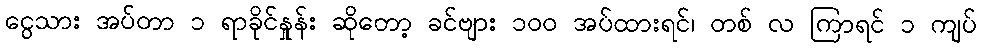
ငွေသား အပ်တာ ၁ ရာခိုင်နှုန်း ဆိုတော့ ခင်ဗျား ၁၀၀ အပ်ထားရင်၊ တစ် လ ကြာရင် ၁ ကျပ်